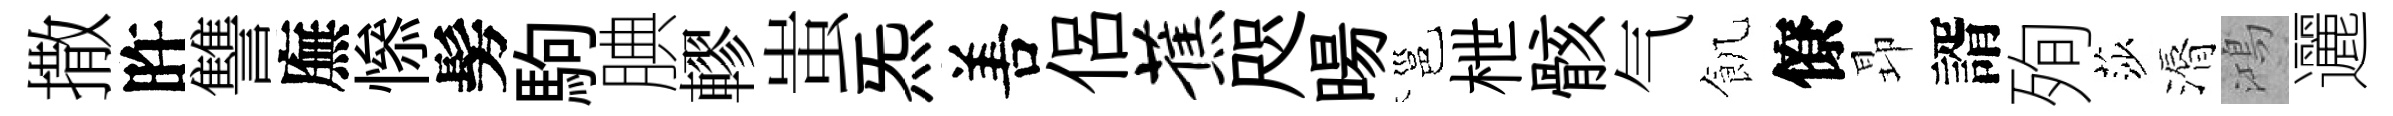
撒旿讐廡𢡖髣駒腆轇蚩炁𠵊侶蕉咫暘邕枻骸气飢僚昻諝殉莎漘鴻邐